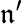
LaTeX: \mathfrak{n}^{\prime}